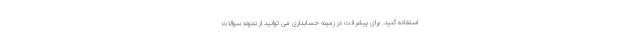
استفاده کنید. برای پیشرفت در زمینه حسابداری می توانید از نمونه سوالات